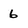
Character: 6